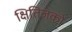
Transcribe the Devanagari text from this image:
क्षितिजको